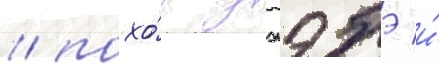
/ похо́д джэбэ и́